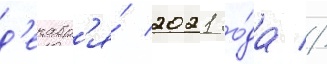
д'екабр'я́ 2021 го́да //